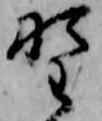
野